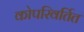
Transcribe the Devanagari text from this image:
कोपरिवर्तित